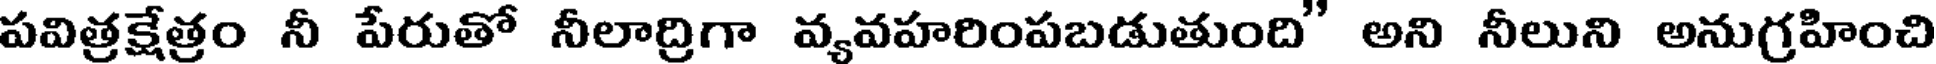
పవిత్రక్షేత్రం నీ పేరుతో నీలాద్రిగా వ్యవహరింపబడుతుంది" అని నీలుని అనుగ్రహించి